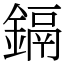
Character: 鎘